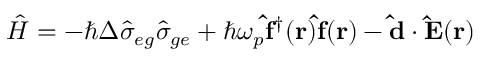
\hat { H } = - \hbar \Delta \hat { \sigma } _ { e g } \hat { \sigma } _ { g e } + \hbar \omega _ { p } { \bf \hat { f } ^ { \dagger } ( { \bf r } ) } { \bf \hat { f } ( { \bf r } ) } - { \bf \hat { d } } \cdot { \bf \hat { E } ( { \bf r } ) }